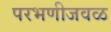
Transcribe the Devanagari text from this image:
परभणीजवळ